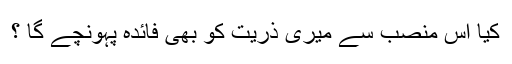
کیا اس منصب سے میری ذریت کو بھی فائدہ پہونچے گا ؟